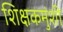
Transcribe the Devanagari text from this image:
शिक्षकमुंशी